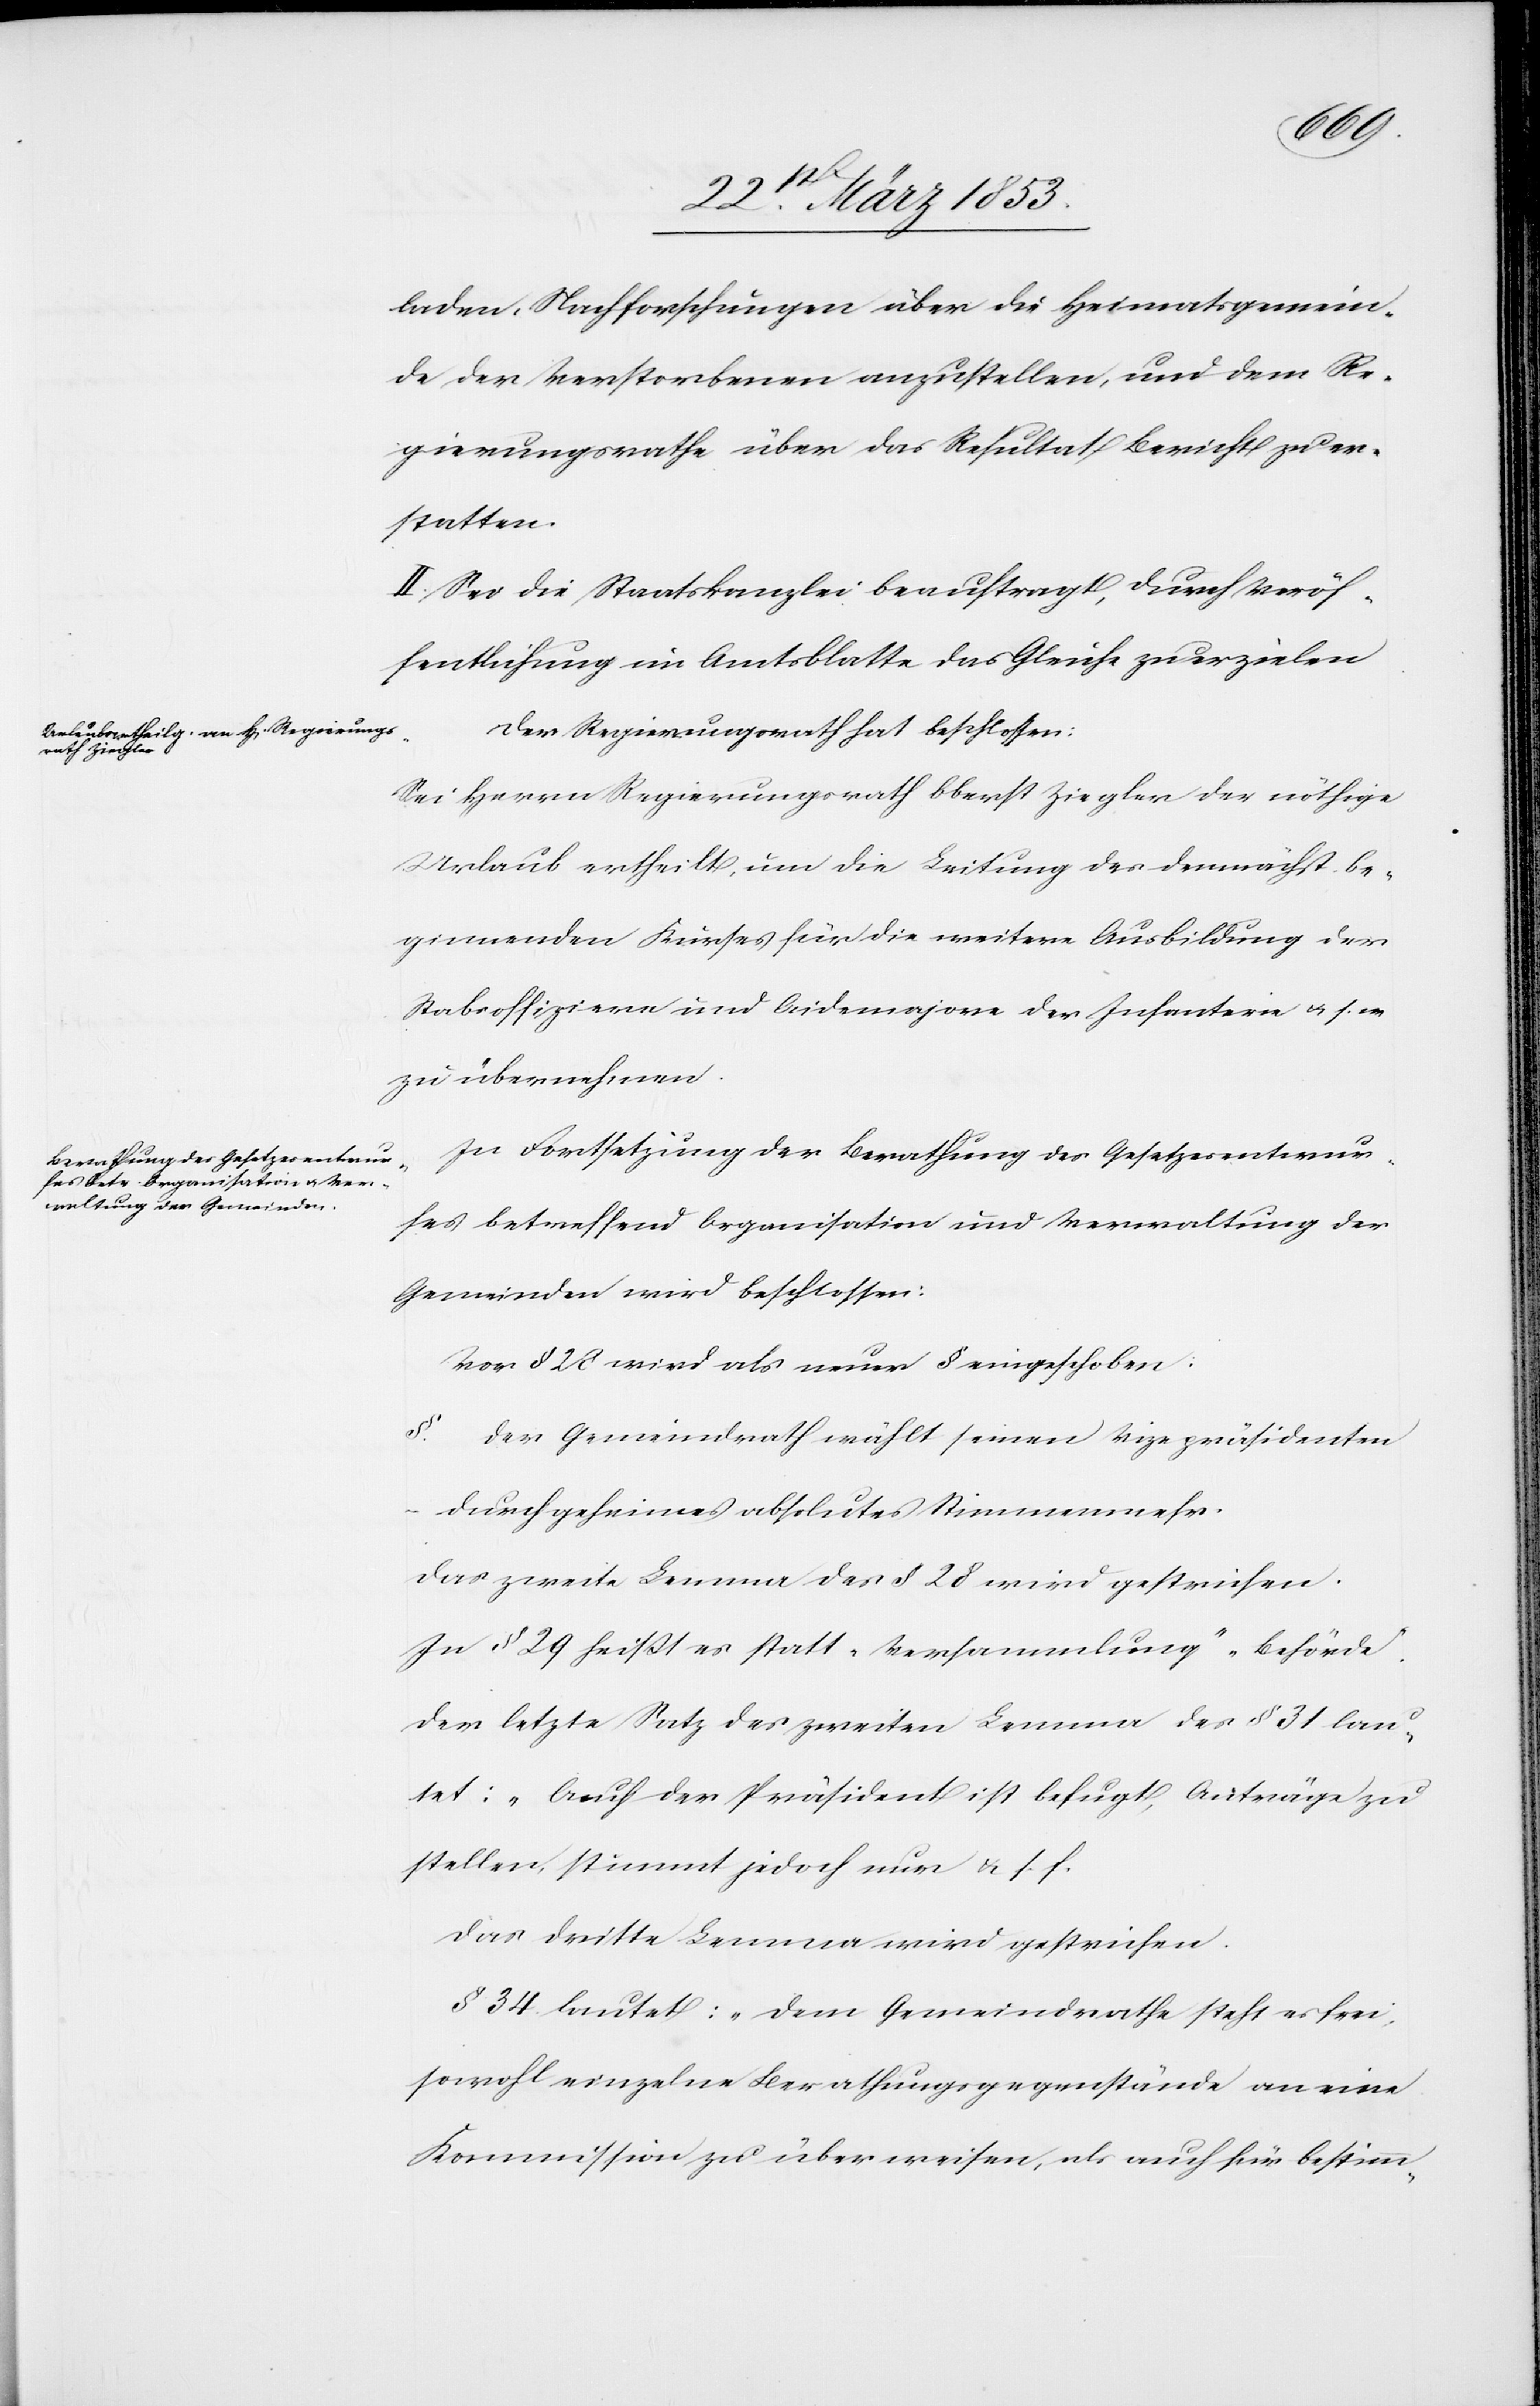
laden, Nachforschungen über die Heimatgemein¬
de der Verstorbenen anzustellen, und dem Re¬
gierungsrathe über das Resultat Bericht zu er¬
statten.
II. Sei die Staatskanzlei beauftragt, durch Veröf¬
fentlichung im Amtsblatte das Gleiche zu erzielen.
Der Regierungsrath hat beschlossen:
Sei Herrn Regierungsrath Oberst Ziegler der nöthige
Urlaub ertheilt, um die Leitung des demnächst be¬
ginnenden Kurses für die weitere Ausbildung der
Stabsoffiziere und Aidemajore der Infanterie u. s. w.
zu übernehmen.
In Fortsetzung der Berathung des Gesetzesentwur¬
fes betreffend Organisation und Verwaltung der
Gemeinden wird beschlossen:
Vor § 28 wird als neuer § eingeschoben:
§. Der Gemeindrath wählt seinen Vizepräsidenten
durch geheimes absolutes Stimmenmehr.
Das zweite Lemma der § 28 wird gestrichen.
In § 29 heißt es statt „Versammlung“ „Behörde“.
Der letzte Satz des zweiten Lemma der § 31 lau¬
tet: „Auch der Präsident ist befugt, Anträge zu
stellen, stimmt jedoch nur u. s. f.
Das dritte Lemma wird gestrichen.
§ 34 lautet: „Dem Gemeindrathe steht es frei,
sowohl einzelne Berathungsgegenstände an eine
Kommission zu überweisen, als auch für bestimm-